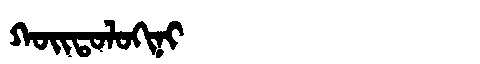
Manchu: ᡴᠣᡳᡨᠣᠯᠣᡴᡳᠨᡳ
Romanization: KOITOLOKINI